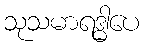
သုသမာရဒ္ဓါပေ